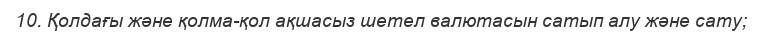
10. Қолдағы және қолма-қол ақшасыз шетел валютасын сатып алу және сату;